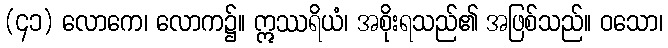
(၄၁) လောကေ၊ လောက၌။ ဣဿရိယံ၊ အစိုးရသည်၏ အဖြစ်သည်။ ဝသော၊